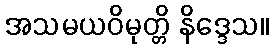
အသမယဝိမုတ္တိ နိဒ္ဒေသ။